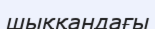
шыққандағы